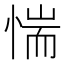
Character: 惴